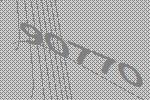
90770